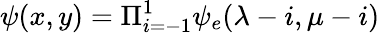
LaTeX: \psi(x,y)=\Pi_{i=-1}^{1}\psi_{e}(\lambda-i,\mu-i)